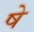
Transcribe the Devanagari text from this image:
षे